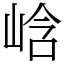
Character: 㟏